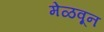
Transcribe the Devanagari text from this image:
मेळवून